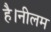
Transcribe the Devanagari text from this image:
है।नीलम